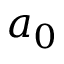
a _ { 0 }